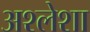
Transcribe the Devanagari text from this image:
अश्लेशा